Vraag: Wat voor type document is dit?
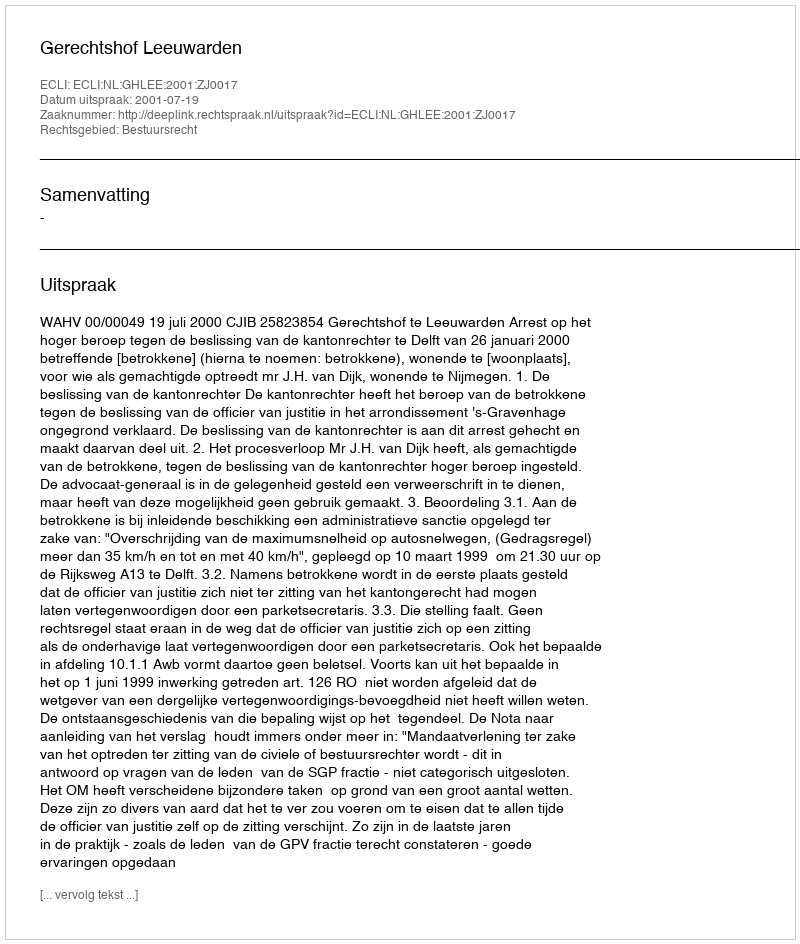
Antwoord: Uitspraak